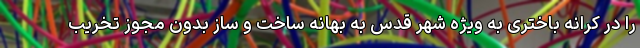
را در کرانه باختری به ویژه شهر قدس به بهانه ساخت و ساز بدون مجوز تخریب